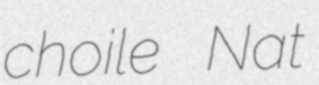
choile Nat